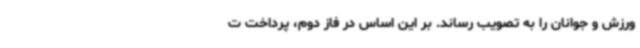
ورزش و جوانان را به تصویب رساند. بر این اساس در فاز دوم، پرداخت ت